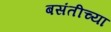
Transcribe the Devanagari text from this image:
बसंतीच्या